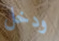
ودخل